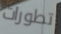
تطورات